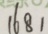
1 6 8 1